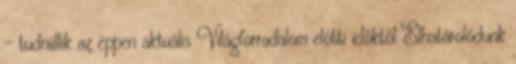
- tudniillik az éppen aktuális Világforradalom előtti időktől Elhatárolódunk